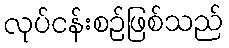
လုပ်ငန်းစဉ်ဖြစ်သည်